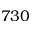
7 3 0